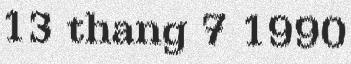
13 thang 7 1990